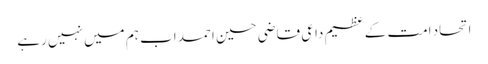
اتحاد امت کے عظیم داعی قاضی حسین احمد اب ہم میں نہیں رہے